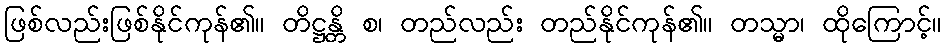
ဖြစ်လည်းဖြစ်နိုင်ကုန်၏။ တိဋ္ဌန္တိ စ၊ တည်လည်း တည်နိုင်ကုန်၏။ တသ္မာ၊ ထိုကြောင့်။